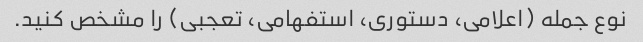
نوع جمله (اعلامی، دستوری، استفهامی، تعجبی) را مشخص کنید.